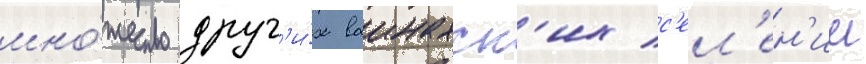
мно́жество друг'и́х ваинахск'их с'ел'ен'ии